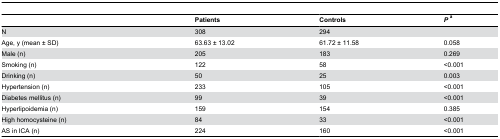
<table><thead><tr><td></td><td><b>Patients</b></td><td><b>Controls</b></td><td><b><i>P</i><sup>a</sup></b></td></tr></thead><tbody><tr><td>N</td><td>308</td><td>294</td><td></td></tr><tr><td>Age, y (mean ± SD)</td><td>63.63 ± 13.02</td><td>61.72 ± 11.58</td><td>0.058</td></tr><tr><td>Male (n)</td><td>205</td><td>183</td><td>0.269</td></tr><tr><td>Smoking (n)</td><td>122</td><td>58</td><td>&lt;0.001</td></tr><tr><td>Drinking (n)</td><td>50</td><td>25</td><td>0.003</td></tr><tr><td>Hypertension (n)</td><td>233</td><td>105</td><td>&lt;0.001</td></tr><tr><td>Diabetes mellitus (n)</td><td>99</td><td>39</td><td>&lt;0.001</td></tr><tr><td>Hyperlipoidemia (n)</td><td>159</td><td>154</td><td>0.385</td></tr><tr><td>High homocysteine (n)</td><td>84</td><td>33</td><td>&lt;0.001</td></tr><tr><td>AS in ICA (n)</td><td>224</td><td>160</td><td>&lt;0.001</td></tr></tbody></table>